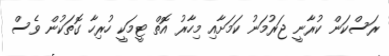
ރަސްކަން ކުރާނީ ޖަރުމަނު ކަމަށާއި މިހާރު އޮތް ޓީމަކީ ހުރިހާ ގޮތަކުން ވެސް